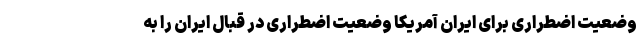
وضعیت اضطراری برای ایران آمریکا وضعیت اضطراری در قبال ایران را به